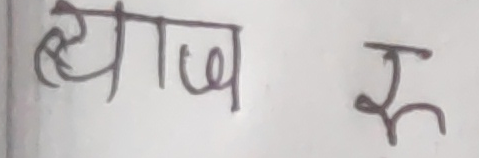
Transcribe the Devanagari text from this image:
ब्याज रु